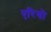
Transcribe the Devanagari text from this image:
एरिगो